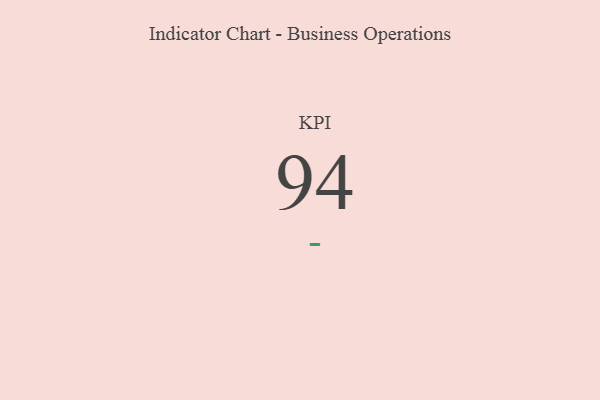
{"axis": {"x": "KPI", "y": "Value"}, "legend": [""], "data": [{"x": "KPI", "y": 94, "type": ""}]}